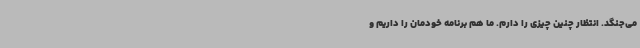
می‌جنگد. انتظار چنین چیزی را دارم. ما هم برنامه خودمان را داریم و